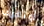
أوتعرف